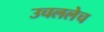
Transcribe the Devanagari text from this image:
उचललेच